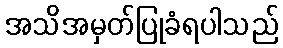
အသိအမှတ်ပြုခံရပါသည်